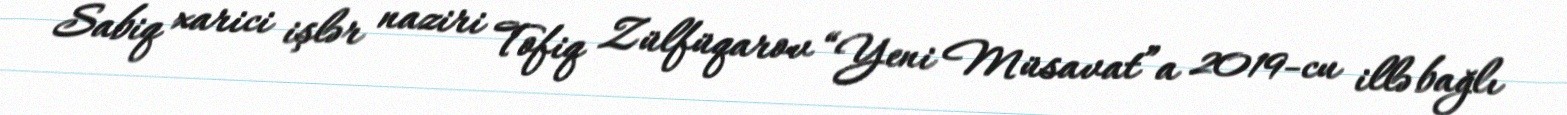
Sabiq xarici işlər naziri Tofiq Zülfüqarov “Yeni Müsavat”a 2019-cu illə bağlı